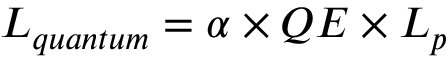
L _ { q u a n t u m } = \alpha \times Q E \times L _ { p }